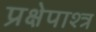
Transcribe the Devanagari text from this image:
प्रक्षेपाश्त्र